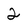
Character: 2